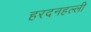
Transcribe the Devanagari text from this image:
हरदनहल्ली